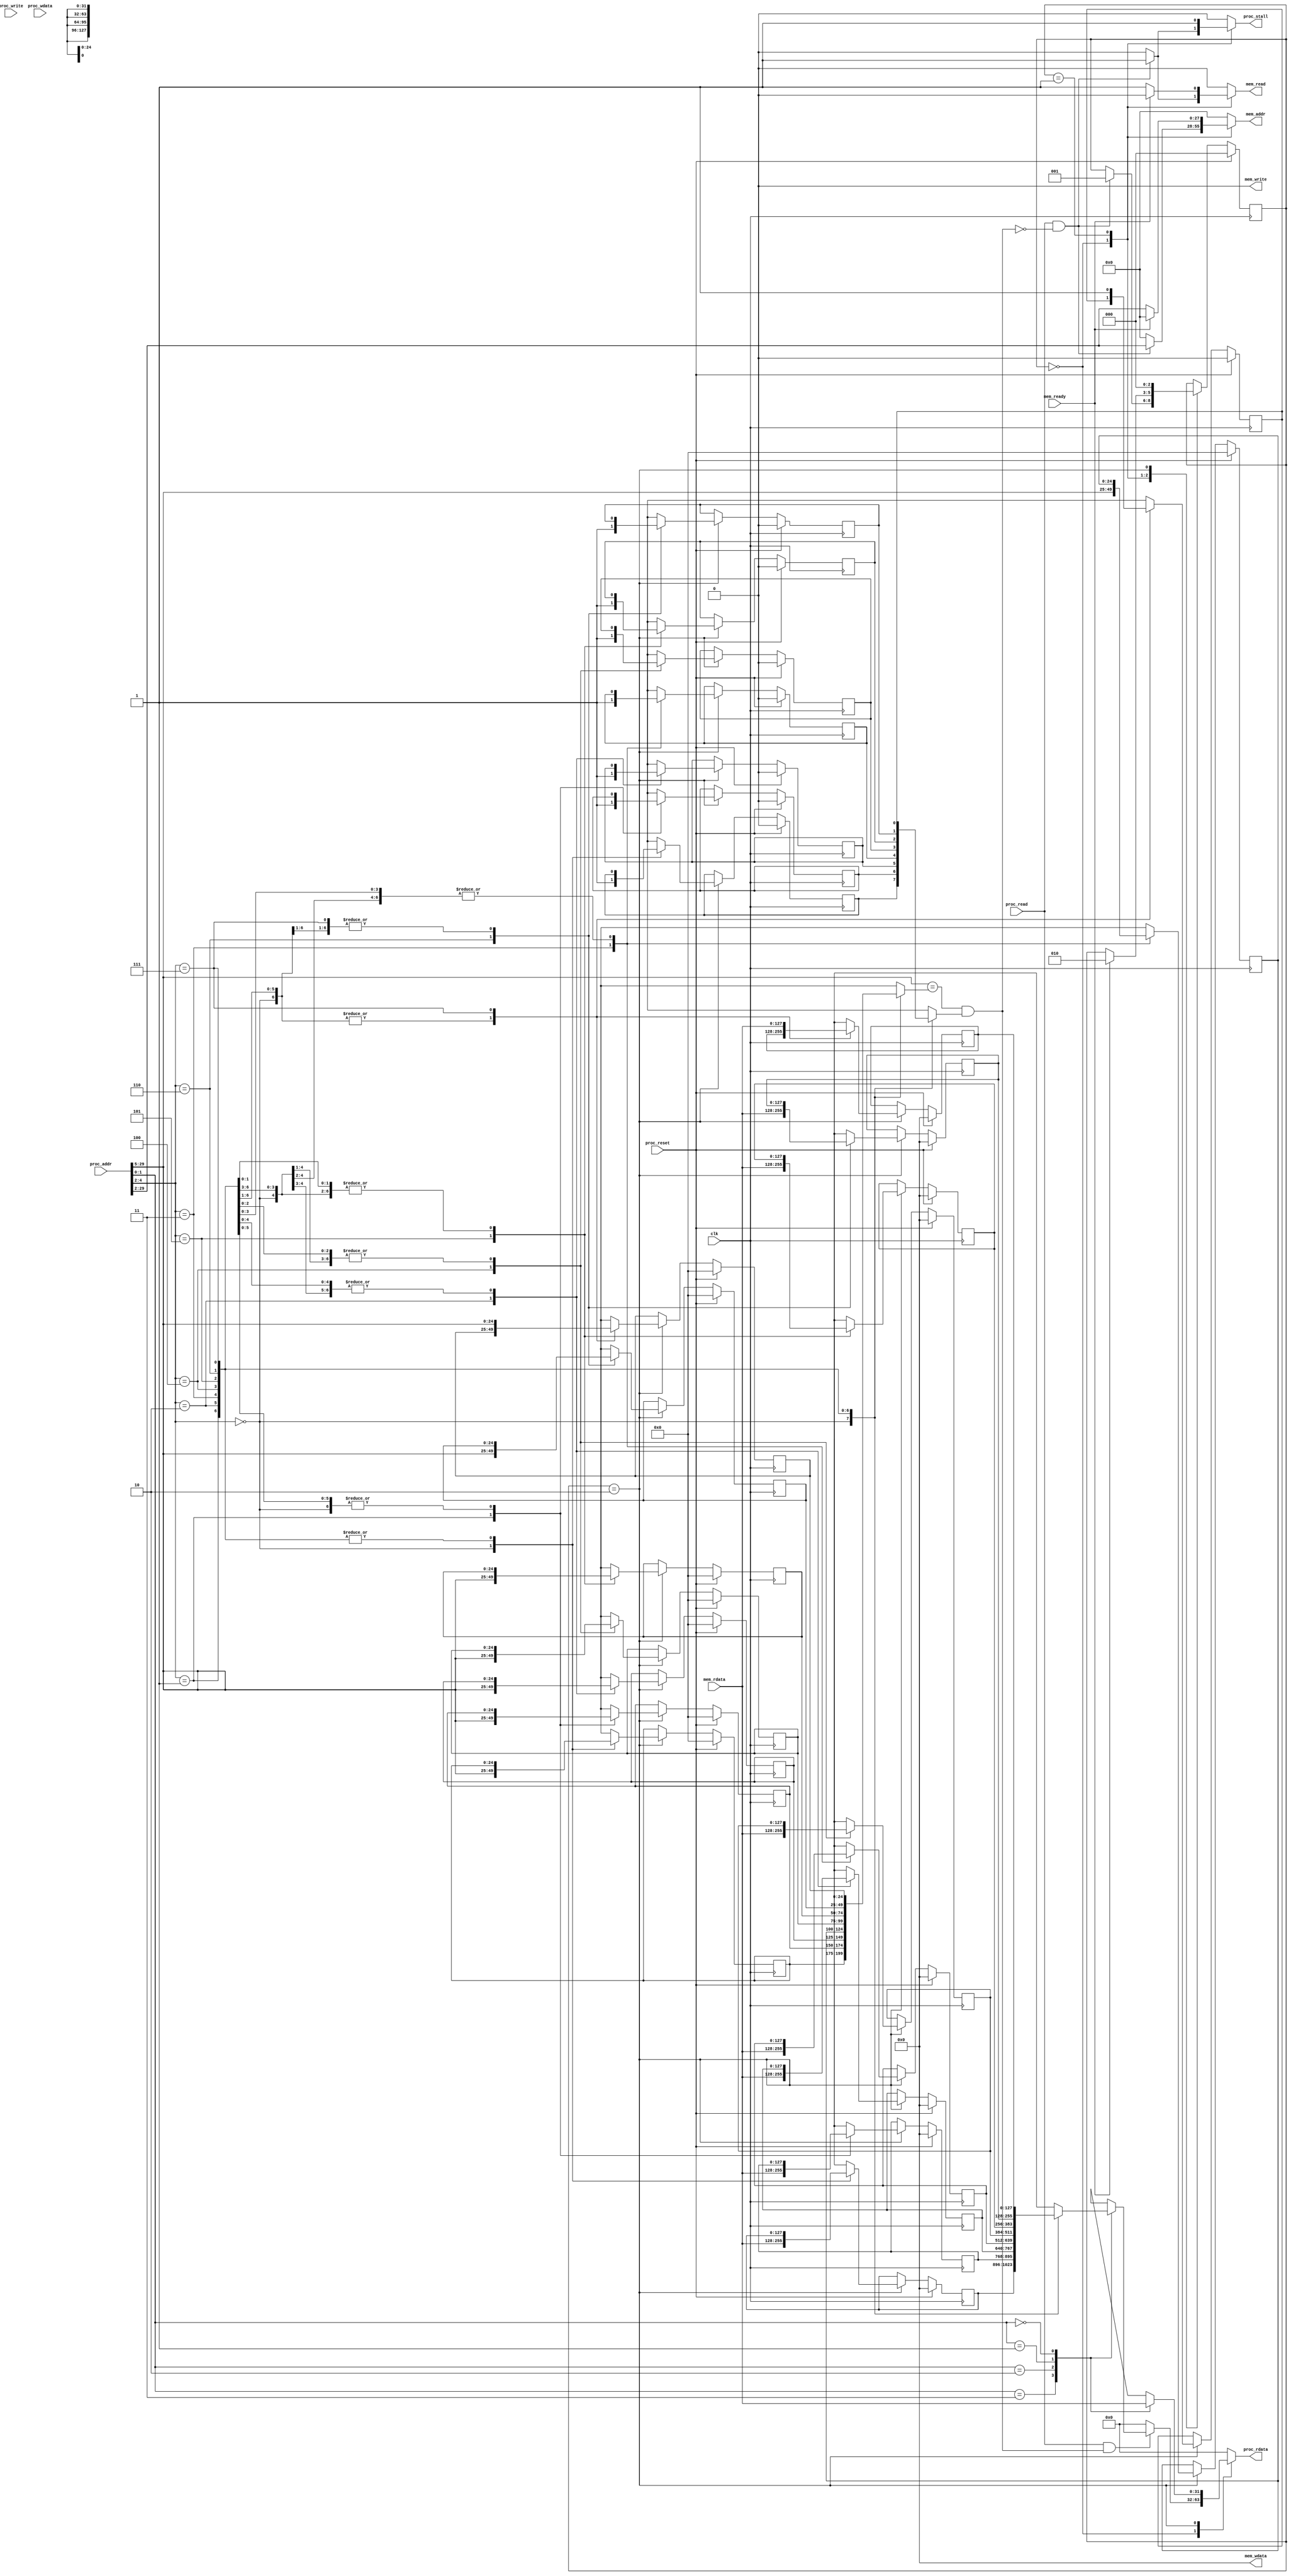
// Directed mapped: only one choice
// (Block address) modulo (# of Blocks in cache)
module Icache(
    clk,
    proc_reset,
    proc_read,
    proc_write,
    proc_addr,
    proc_rdata,
    proc_wdata,
    proc_stall,
    mem_read,
    mem_write,
    mem_addr,
    mem_rdata,
    mem_wdata,
    mem_ready
);
    
    //==== input/output definition ============================
    input          clk;
    // processor interface
    input          proc_reset;
    input          proc_read, proc_write;
    input   [29:0] proc_addr;   // proc_addr[1:0] is the offset
                                // proc_addr[29:2] is the mem_addr when accessing the memory
                                // Use proc_addr[4:2] as the index of the cache
                                // Use proc_addr[29:5] as the tag of the cache
    input   [31:0] proc_wdata;
    output reg         proc_stall;
    output reg  [31:0] proc_rdata;
    
    // memory interface
    input  [127:0] mem_rdata;
    input          mem_ready;
    output reg         mem_read, mem_write;
    output reg [27:0] mem_addr;
    output reg [127:0] mem_wdata;

    // state parameters
    parameter REQUEST       = 3'b000;
    parameter READMEM       = 3'b001;
    parameter WRITECACHE    = 3'b010;
    parameter WRITEMEM      = 3'b011;
    
    //==== wire/reg definition ================================
    integer i;
    
    // the storage of the cache (8 blocks, each with 4 words (128-bits))
    reg [127:0] cache_data      [0:7]; 
    reg [127:0] next_cache_data [0:7];  
    reg [24:0]  cache_tag       [0:7];
    reg [24:0]  next_cache_tag  [0:7];
    reg         cache_valid     [0:7];
    reg         next_cache_valid[0:7];

    // state
    reg [2:0]   state, next_state;
    
    wire [2:0]  index;
    wire [24:0] tag;
    wire [1:0]  offset;
    wire        hit;

    wire ReadHit, ReadMiss, WriteHit, WriteMiss;

    //==== combinational circuit ==============================
    assign index = proc_addr[4:2];
    assign tag = proc_addr[29:5];
    assign offset = proc_addr[1:0];
    assign hit = (proc_addr[29:5] == cache_tag[index]) && cache_valid[index]; 
    
    assign ReadHit = proc_read && hit;
    assign ReadMiss = proc_read && !hit;
    assign WriteHit = proc_write && hit;
    assign WriteMiss = proc_write && !hit;

    // output, variable logic
    always@(*) begin
        // default value (FF) 
        for (i = 0; i < 8; i = i+1) begin
            next_cache_data[i] = cache_data[i];
            next_cache_tag[i] = cache_tag[i];
            next_cache_valid[i] = cache_valid[i];
        end
        
        // default value (output)
        proc_stall = 0;
        proc_rdata = 0;
        mem_read = 0;
        mem_write = 0;
        mem_addr = 0;
        mem_wdata = 0;

        case(state)
            REQUEST: begin
                // read hit -> directly return the data
                if(ReadHit) begin
                    case(offset)
                        3: proc_rdata = cache_data[index][127:96];
                        2: proc_rdata = cache_data[index][95:64];
                        1: proc_rdata = cache_data[index][63:32];
                        0: proc_rdata = cache_data[index][31:0];
                    endcase
                end
                
                // read_miss -> stall and set the read mode of memory
                if(ReadMiss) begin
                    proc_stall = 1;
                    mem_addr = proc_addr[29:2];
                    mem_read = 1;
                end

            end
            
            READMEM: begin
                // default: set the read mode of memory
                mem_addr = proc_addr[29:2];
                mem_read = 1;
                proc_stall = 1;
                // when mem ready (come from readmiss), cancel the read mode, update the cache data, tag 
                // and return the target data (read from memory)
                // when mem ready (come from writemiss), cancel the read mode, update the cache data, tag
                if(mem_ready) begin
                    mem_read = 0;
                    mem_addr = 0;
                end
            end

            WRITECACHE: begin
                next_cache_valid[index] = 1;
                next_cache_tag[index] = tag;
                next_cache_data[index] = mem_rdata;
                case(offset)
                    3: proc_rdata = mem_rdata[127:96];
                    2: proc_rdata = mem_rdata[95:64];
                    1: proc_rdata = mem_rdata[63:32];
                    0: proc_rdata = mem_rdata[31:0];
                endcase
                proc_stall = 0;
            end
            default: begin
            end
        endcase
    end

    // next state logic
    always@(*) begin
        next_state = state;
        case(state)
            REQUEST: begin
                // read hit -> remain REQUEST
                
                // read_miss -> go to READMEM
                if(ReadMiss) begin
                    next_state = READMEM;
                end
            end
            
            READMEM: begin
                // when mem ready (come from readmiss), go back to REQUEST
                // when mem ready (come from writemiss), go to WRITEMEM
                if(mem_ready) begin
                    next_state = WRITECACHE;
                end
            end

            WRITECACHE: begin
                next_state = REQUEST;
            end
           
            default: begin
                next_state = state;
            end
        endcase
    end


    //==== sequential circuit =================================
    always@( posedge clk ) begin
        if( proc_reset ) begin
            for (i = 0; i < 8; i = i+1) begin
                cache_data[i] <= 0;
                cache_tag[i] <= 0;
                cache_valid[i] <= 0;
            end
            state <= 0; // request
        end
        else begin
            for (i = 0; i < 8; i = i+1) begin
                cache_data[i] <= next_cache_data[i];
                cache_tag[i] <= next_cache_tag[i];
                cache_valid[i] <= next_cache_valid[i];
            end
            state <= next_state;
        end
    end

endmodule